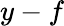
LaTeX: y-f